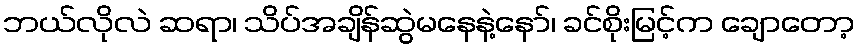
ဘယ်လိုလဲ ဆရာ၊ သိပ်အချိန်ဆွဲမနေနဲ့နော်၊ ခင်စိုးမြင့်က ချောတော့